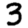
Digit: 3